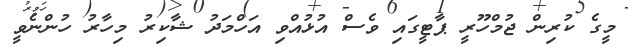
މީގެ ކުރިން ޖުމްހޫރީ ޕާޓީގައި ވެސް އުޅުއްވި އަހްމަދު ޝާކިރު މިހާރު ހުންނެވީ